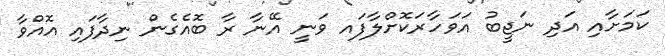
ކަމަށާއި އަދި ނަޖީބު އަވަހާރަކޮށްލާފައ ވަނީ އޭނާ ރާ ބޮއެގެން ނިދާފައި އޮއްވާ